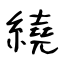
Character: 繞